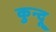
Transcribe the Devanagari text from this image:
कुन्दू